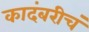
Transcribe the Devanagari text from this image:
कादंबरीचं